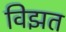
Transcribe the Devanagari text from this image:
विझत